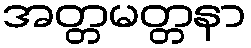
အတ္တမတ္တနာ